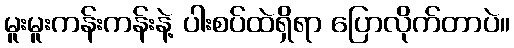
မူးမူးကန်းကန်းနဲ့ ပါးစပ်ထဲရှိရာ ပြောလိုက်တာပဲ။